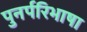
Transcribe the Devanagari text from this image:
पुनर्परिभाषा